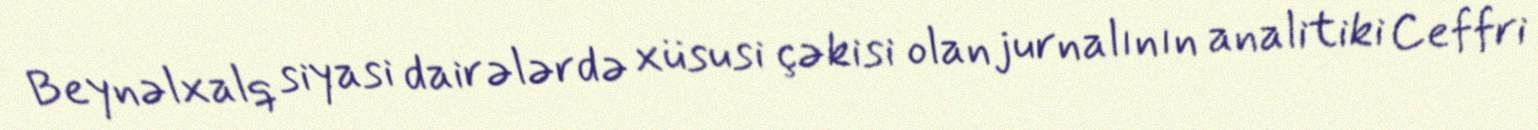
Beynəlxalq siyasi dairələrdə xüsusi çəkisi olan jurnalının analitiki Ceffri